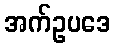
အက်ဥပဒေ